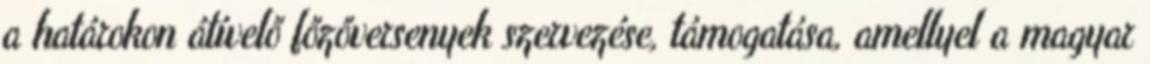
a határokon átívelő főzőversenyek szervezése, támogatása, amellyel a magyar